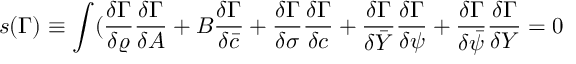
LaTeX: s ( \Gamma ) \equiv \int ( \frac { \delta \Gamma } { \delta \varrho } \frac { \delta \Gamma } { \delta A } + B \frac { \delta \Gamma } { \delta \bar { c } } + \frac { \delta \Gamma } { \delta \sigma } \frac { \delta \Gamma } { \delta c } + \frac { \delta \Gamma } { \delta \bar { Y } } \frac { \delta \Gamma } { \delta \psi } + \frac { \delta \Gamma } { \delta \bar { \psi } } \frac { \delta \Gamma } { \delta Y } = 0